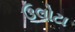
ઉલોટા